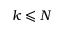
k \leqslant N